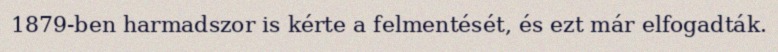
1879-ben harmadszor is kérte a felmentését, és ezt már elfogadták.